Report on the lunatic asylums under the Government of Bombay - 1904-1913
Year: 1904
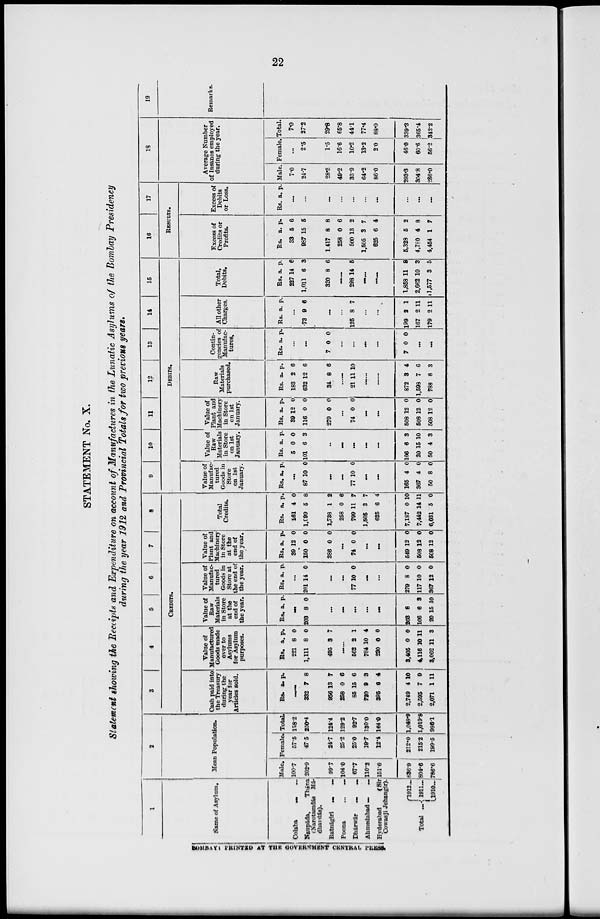
22
STATEMENT No. X.
Statement showing the Receipts and Expenditure on account of Manufactures in the Lunatic Asylums of the Bombay Presidency
during the year 1912 and Provincial Totals for two previous years.
1
Name of Asylum.
Colaba...
...
Naupáda,
Thána
(Narotamdás Má-
dhavdás).
Ratnágiri
...
...
Poona
...
...
Dhárwár
...
...
Ahmedabad ... ...
Hyderabad
(Sir
Cowasji Jehangir).
Total ...
1912 ...
1911 ...
1910 ...
2
Mean Population.
Male.
100.7
202.9
99.7
104.0
67.7
110.3
151.6
836.9
804.6
786.6
Female.
57.5
47.5
24.7
25.2
25.0
19.7
12.4
212.0
215.2
199.5
Total
158.2
250.4
124.4
129.2
92.7
130.0
164.0
1,048.9
1,019.8
986.1
3
4
5
6
7
8
CREDITS.
Cash paid into
the Treasury
during the
year for
Articles sold.
Rs. a. p.
......
332
956
258
85
720
395
2,749
2,595
2,071
7
13
0
15
9
6
4
7
1
8
7
6
6
3
4
10
9
11
Value of
Manufactured
Goods made
over to
Asylums
for Asylum
purposes.
Rs.
221
1,111
495
a.
8
8
3
p.
0
0
7
......
562
784
230
3,405
4,116
3,062
2
10
0
0
10
11
1
4
0
0
11
3
Value of
Raw
Materials
in Store
at the
end of
the year.
Rs. a. p.
......
203 8 0
...
...
...
...
...
203
106
20
8
6
15
3
10
Value of
Manufac-
tured.
Goods in
Store at
the end of
the year.
RS
a.
p.
...
201 14 0
...
...
77 10 0
...
...
279
117
367
8
10
12
0
0
0
Value of
Plant and
Machinery
in Store
at the
end of
the year.
Rs.
39
150
286
a.
12
0
0
p.
0
0
0
...
74 0 0
...
...
549
508
508
12
12
12
0
0
0
Total
Credits.
Rs.
261
1,999
1,738
258
799
1,505
625
7,187
7,442
6,031
a.
4
5
1
0
11
3
6
0
14
5
p.
0
8
2
6
7
7
4
10
11
0
9
10
11
12
13
14
15
DEBITS.
Value of
Manufac-
tured
Goods in
Store
on 1st
January.
Rs. a. p.
...
87 10 0
...
...
77 10 0
...
...
165
367
50
4
4
8
0
0
0
Value of
Raw
Materials
in Store
on 1st
January.
Rs
5
101
a.
0
6
p.
0
3
...
...
...
...
...
106
20
50
6
15
4
3
10
3
Value of
Plant and
Machinery
in Store
on 1st
January.
Rs.
39
116
279
a.
12
0
0
p.
0
0
0
...
74 0 0
...
...
508
508
508
12
12
12
0
0
0
Raw
Materials
purchased.
Rs.
183
632
34
a.
2
12
8
p.
6
6
6
......
21 11 10
......
......
872
1,593
788
3
7
8
4
6
3
Contin-
gencies of
Manufac-
tures.
Rs. a. p.
...
...
7 0 0
...
...
...
...
7 0 0
...
...
All other
Charges.
Rs a. p.
...
73 9 6
...
...
125 8 7
...
...
199
167
179
2
2
2
1
11
11
Total,
Debits.
Rs
227
1,011
320
a.
14
6
8
p.
6
3
6
......
298 14 5
......
......
1,858
2,662
1,577
11
10
3
8
3
5
16
17
RESULTS.
Excess of
Credits or
Profits.
Rs.
33
987
1,417
258
500
1,505
625
5,328
4,780
4,454
a.
5
15
8
0
13
3
6
5
4
1
p.
6
5
8
6
2
7
4
2
8
7
Excess of
Debits
or Loss.
Rs. a. p.
...
...
...
...
...
...
...
...
...
18
Average Number
of Insanes employed
during the year.
Male.
7.0
24.7
28.3
49.2
33.9
64.2
86.0
293.3
304.8
286.0
Female.
...
2.5
1.5
16.6
10.2
13.2
2.0
46 0
60.6
56.2
Total.
7.0
27.2
29.8
65.8
44.1
77.4
88.0
339.3
365.4
342.2
19
Remarks.
BOMBAY PRINTED AT THE GOVERNMENT CENTRAL PRESS.